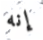
إنه